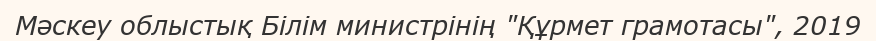
Мәскеу облыстық Білім министрінің "Құрмет грамотасы", 2019